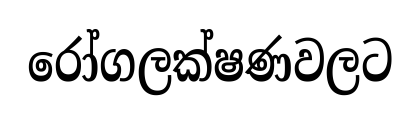
රෝගලක්ෂණවලට